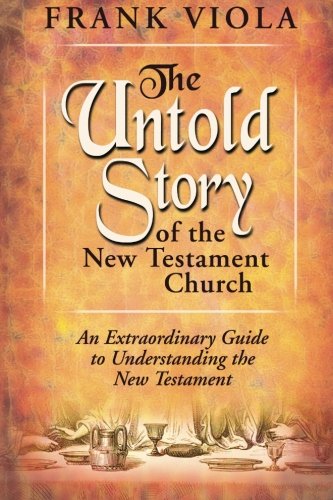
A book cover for The Untold Story of the New Testament Church: An Extraordinary Guide to Understanding the New Testament; Frank Viola; Christian Books & Bibles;